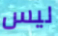
ليس